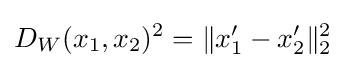
D_{W}(x_{1},x_{2})^{2}=\|x_{1}'-x_{2}'\|_{2}^{2}